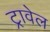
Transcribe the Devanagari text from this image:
ट्रावेल